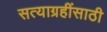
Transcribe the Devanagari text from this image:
सत्याग्रहींसाठी